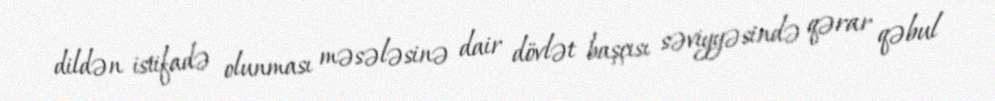
dildən istifadə olunması məsələsinə dair dövlət başçısı səviyyəsində qərar qəbul